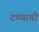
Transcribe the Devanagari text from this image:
टप्प्याची